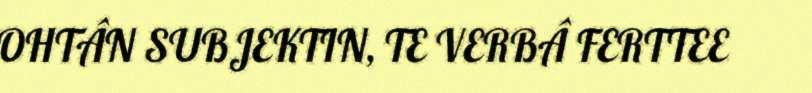
OHTÂN SUBJEKTIN, TE VERBÂ FERTTEE